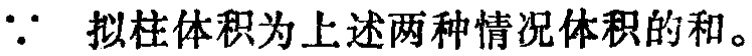
\(\because\) 拟柱体积为上述两种情况体积的和。